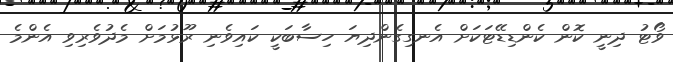
ވޯޓު ދިނީ ކޮން ކެންޑިޑޭޓަކަށް އެނގިގެންދިޔަ ހިސާބަކީ ކައިވެނި ރޫޅުމަށް މެދުވެރިވި އެންމެ